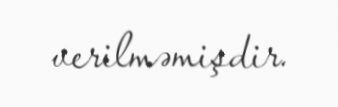
verilməmişdir.